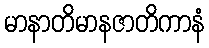
မာနာတိမာနဇာတိကာနံ